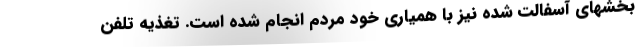
بخشهای آسفالت شده نیز با همیاری خود مردم انجام شده است. تغذیه تلفن